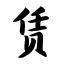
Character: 赁